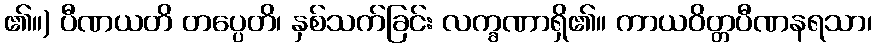
၏။) ပီဏယတိ တပ္ပေတိ၊ နှစ်သက်ခြင်း လက္ခဏာရှိ၏။ ကာယဝိတ္တပီဏနရသာ၊